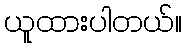
ယူထားပါတယ်။